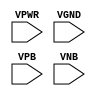
module sky130_fd_sc_ms__fill_diode (
    VPWR,
    VGND,
    VPB ,
    VNB
);

    input VPWR;
    input VGND;
    input VPB ;
    input VNB ;
endmodule